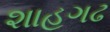
શાહગઢ